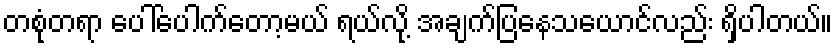
တစုံတရာ ပေါ်ပေါက်တော့မယ် ရယ်လို့ အချက်ပြနေသယောင်လည်း ရှိပါတယ်။